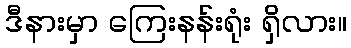
ဒီနားမှာ ကြေးနန်းရုံး ရှိလား။